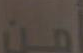
أمن